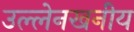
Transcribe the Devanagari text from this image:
उल्लेनखनीय